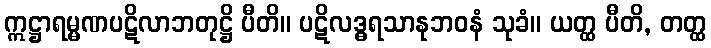
ဣဋ္ဌာရမ္မဏပဋိလာဘတုဋ္ဌိ ပီတိ။ ပဋိလဒ္ဓရသာနုဘဝနံ သုခံ။ ယတ္ထ ပီတိ, တတ္ထ